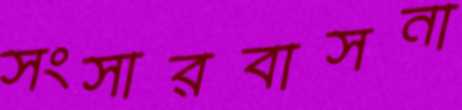
সংসারবাসনা